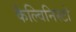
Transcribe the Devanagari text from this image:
कैल्विनिस्टो